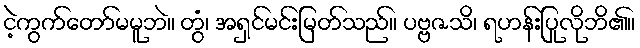
ငဲ့ကွက်တော်မမူဘဲ။ တွံ၊ အရှင်မင်းမြတ်သည်။ ပဗ္ဗဇသိ၊ ရဟန်းပြုလိုဘိ၏။